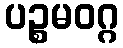
ပဉ္စမဝဂ္ဂ